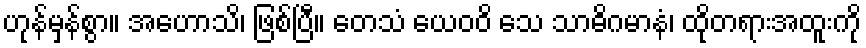
ဟုန်မှန်စွာ။ အဟောသိ၊ ဖြစ်ပြီ။ တေသံ ယေဝဝိ သေ သာဓိဂမာနံ၊ ထိုတရားအထူးကို